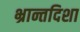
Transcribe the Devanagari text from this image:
भ्रान्तदिशा